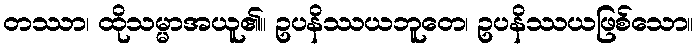
တဿာ၊ ထိုသမ္မာအယူ၏။ ဥပနိဿယဘူတေ၊ ဥပနိဿယဖြစ်သော။